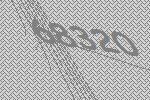
68320